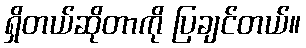
ရှိတယ်ဆိုတာကို ပြချင်တယ်။